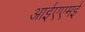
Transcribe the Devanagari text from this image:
आईएएमई